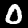
Label: 0